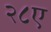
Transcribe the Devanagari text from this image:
२८ए